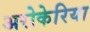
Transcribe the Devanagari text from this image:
अरोकेरिया